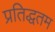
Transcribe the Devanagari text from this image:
प्रतिद्धतम